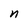
Character: n